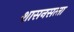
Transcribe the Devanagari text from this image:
शासनसत्‍ता